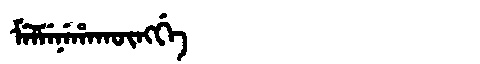
Manchu: ᠮᡝᠯᠮᡝᠨᡝᡥᠠᡴᡡᠩᡤᡝ
Romanization: MELMENEHAKŪNGGE